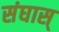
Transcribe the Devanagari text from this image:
संघास्